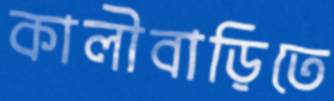
কালীবাড়িতে